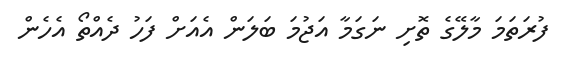
ފުރަތަމަ މާލޭގެ ތޮށި ނަގަމާ އަޖުމަ ބަލަން އެއަށް ފަހު ދެއްތޯ އެހެން